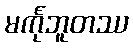
မင်္ကုဘူတဿ